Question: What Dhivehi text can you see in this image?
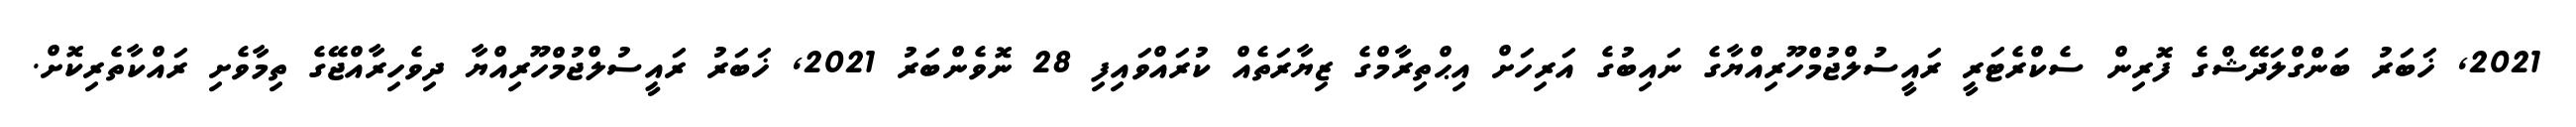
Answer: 2021, ޚަބަރު ބަންގްލަދޭޝްގެ ފޮރިން ސެކްރެޓަރީ ރައީސުލްޖުމްހޫރިއްޔާގެ ނައިބުގެ އަރިހަށް އިޙްތިރާމްގެ ޒިޔާރަތެއް ކުރައްވައިފި 28 ނޮވެންބަރު 2021, ޚަބަރު ރައީސުލްޖުމްހޫރިއްޔާ ދިވެހިރާއްޖޭގެ ތިމާވެށި ރައްކާތެރިކޮށް.